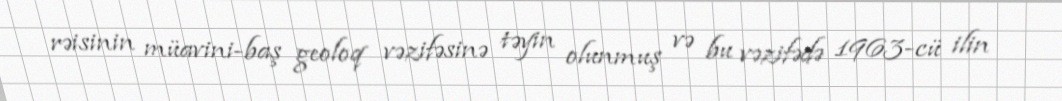
rəisinin müavini-baş geoloq vəzifəsinə təyin olunmuş və bu vəzifədə 1963-cü ilin